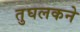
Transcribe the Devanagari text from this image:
तुघलकने